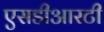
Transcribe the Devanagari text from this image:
एसडीआरटी